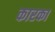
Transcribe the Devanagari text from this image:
कारका